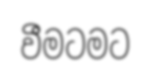
වීමටමට